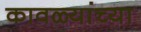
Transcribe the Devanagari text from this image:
कावळ्यांच्या